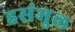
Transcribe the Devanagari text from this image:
हसंमुल